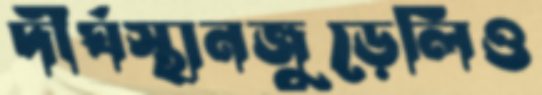
দীর্ঘস্থানজুড়েলিও